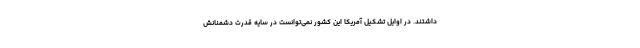
داشتند. در اوایل تشکیل آمریکا این کشور نمی‌توانست در سایه قدرت دشمنانش